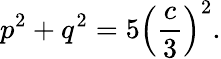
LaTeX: p^{2}+q^{2}=5\left({\frac{c}{3}}\right)^{2}.